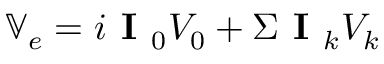
\mathbb { V } _ { e } = i \textbf { I } _ { 0 } V _ { 0 } + \Sigma \textbf { I } _ { k } V _ { k }